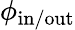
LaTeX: \phi_{\mathrm{in/out}}